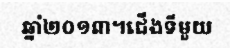
ឆ្នាំ២០១៣។ជើងទីមួយ